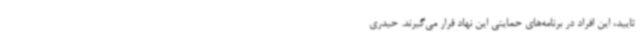
تایید، این افراد در برنامه‌های حمایتی این نهاد قرار می‌گیرند. حیدری